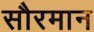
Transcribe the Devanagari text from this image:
सौरमान